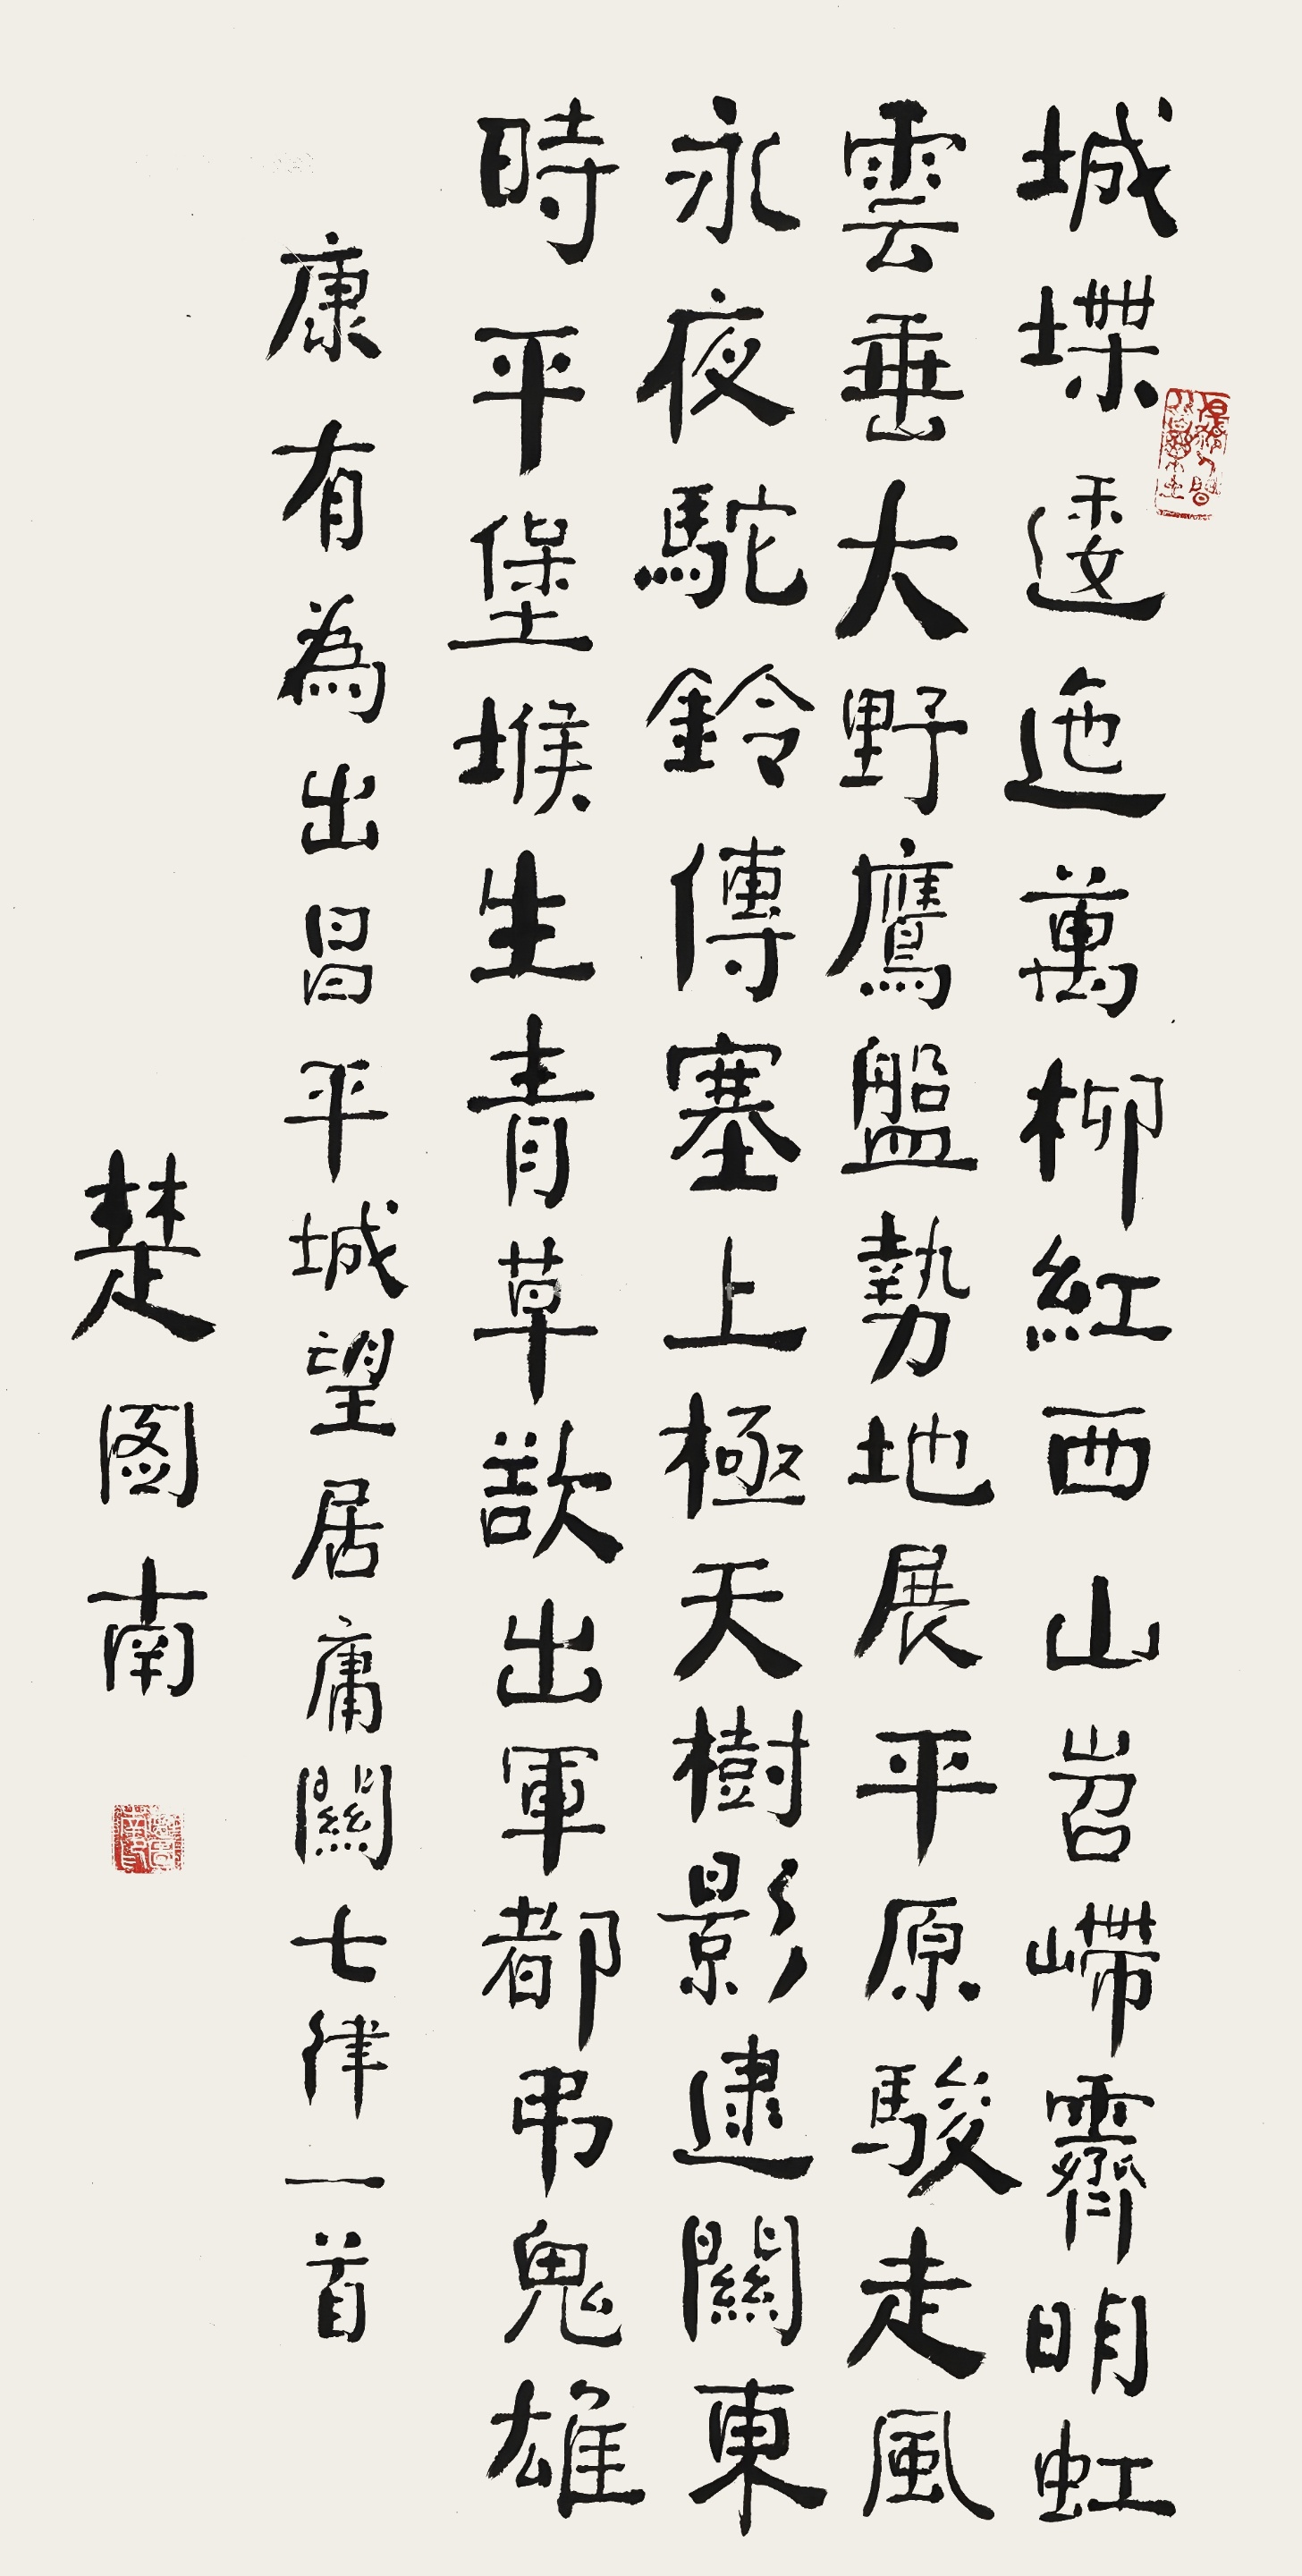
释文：城堞逶迤万柳红，西山苕𫶇霁明虹。云垂大野鹰盘势，地展平原骏走风。永夜驼铃传塞上，极天树影逮关东。时平堡堠生青草，欲出军都吊鬼雄。康有为《出昌平城望居庸关》七律一首，楚图南。